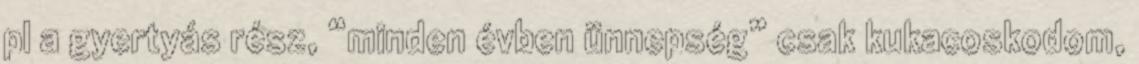
pl a gyertyás rész, “minden évben ünnepség” csak kukacoskodom,